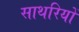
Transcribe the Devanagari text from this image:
साथरियों